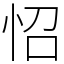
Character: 怊